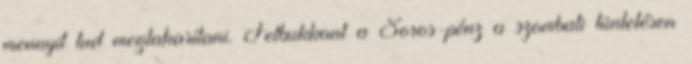
mennyit tud megtakarítani. Felbukkant a Soros-pénz a szombati tüntetésen